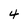
Character: 4